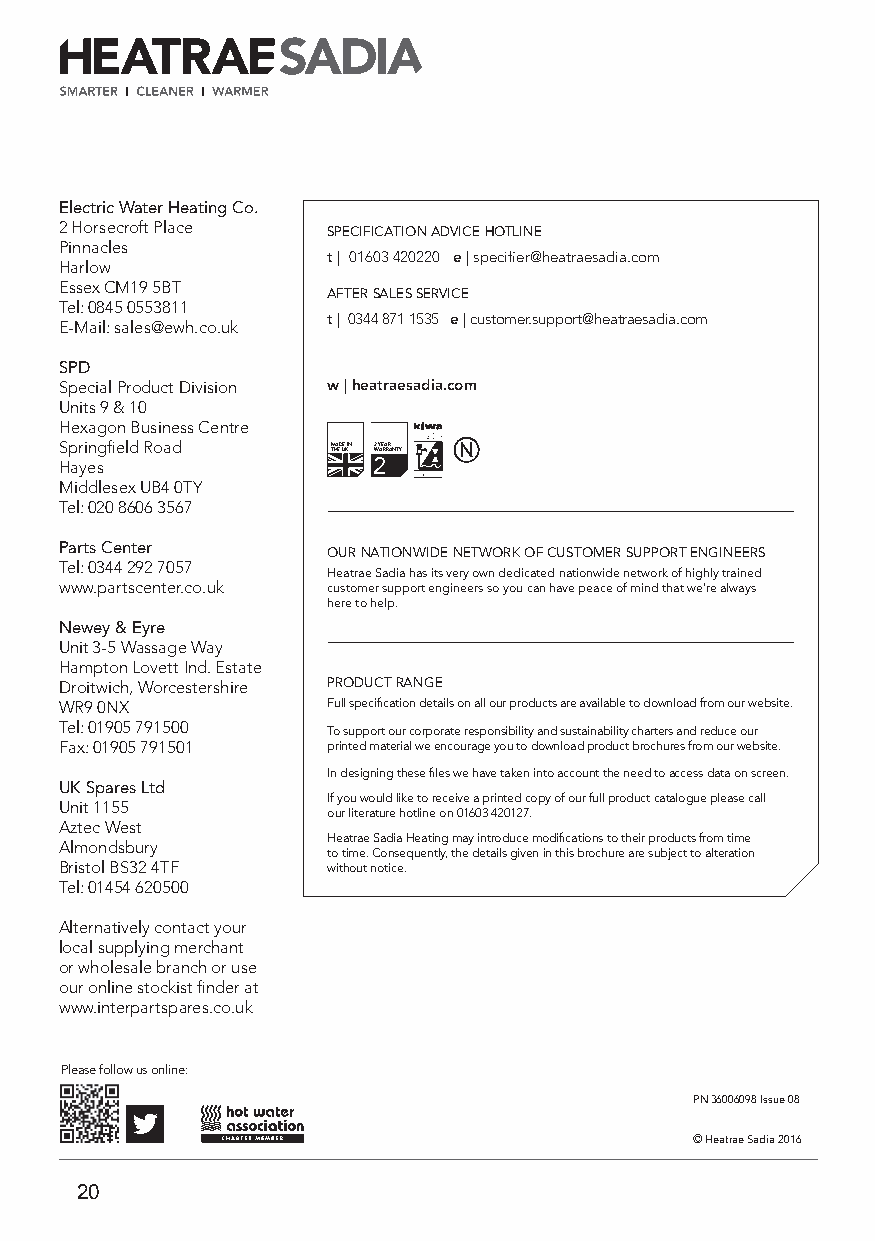
Electric Water Heating Co.
 2 Horsecroft Place SPECIFICATION ADVICE HOTLINE
 Pinnacles
 t | 01603 420220 e | specifier@heatraesadia.com
 Harlow
 Essex CM19 5BT
 AFTER SALES SERVICE
 Tel: 0845 0553811
 t | 0344 871 1535 e | customer.support@heatraesadia.com
 E-Mail: sales@ewh.co.uk
 SPD
 Special Product Division w | heatraesadia.com
 Units 9 & 10
 Hexagon Business Centre
 Springfield Road  M THAED UEK IN 2W YAERARRANTY
 Hayes                2
 Middlesex UB4 0TY
 Tel: 020 8606 3567
 Parts Center
 OUR NATIONWIDE NETWORK OF CUSTOMER SUPPORT ENGINEERS
 Tel: 0344 292 7057
 Heatrae Sadia has its very own dedicated nationwide network of highly trained
 www.partscenter.co.uk customer support engineers so you can have peace of mind that we’re always
 here to help.
 Newey & Eyre
 Unit 3-5 Wassage Way
 Hampton Lovett Ind. Estate
 Droitwich, Worcestershire PRODUCT RANGE
 WR9 0NX           Full specification details on all our products are available to download from our website.
 Tel: 01905 791500 To support our corporate responsibility and sustainability charters and reduce our
 Fax: 01905 791501 printed material we encourage you to download product brochures from our website.
 In designing these files we have taken into account the need to access data on screen.
 UK Spares Ltd
 If you would like to receive a printed copy of our full product catalogue please call
 Unit 1155
 our literature hotline on 01603 420127.
 Aztec West
 Heatrae Sadia Heating may introduce modifications to their products from time
 Almondsbury
 to time. Consequently, the details given in this brochure are subject to alteration
 Bristol BS32 4TF  without notice.
 Tel: 01454 620500
 Alternatively contact your
 local supplying merchant
 or wholesale branch or use
 our online stockist finder at
 www.interpartspares.co.uk
 Please follow us online:
 PN 36006098 Issue 08
 © Heatrae Sadia 2016
 20